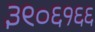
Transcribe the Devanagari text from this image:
३९०६१६६